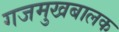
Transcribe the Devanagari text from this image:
गजमुखबालक